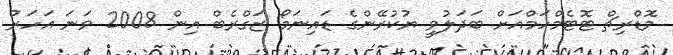
މޮޑްރިޗް ޓޮޓެމްހަމްއަށް ބަދަލުވީ ޔުކުރޭންގެ ޑައިނަމޯ ޒަގްރެބް އިން 2008 ވަނަ އަހަރު